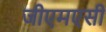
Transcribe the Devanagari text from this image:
जीएमएसी